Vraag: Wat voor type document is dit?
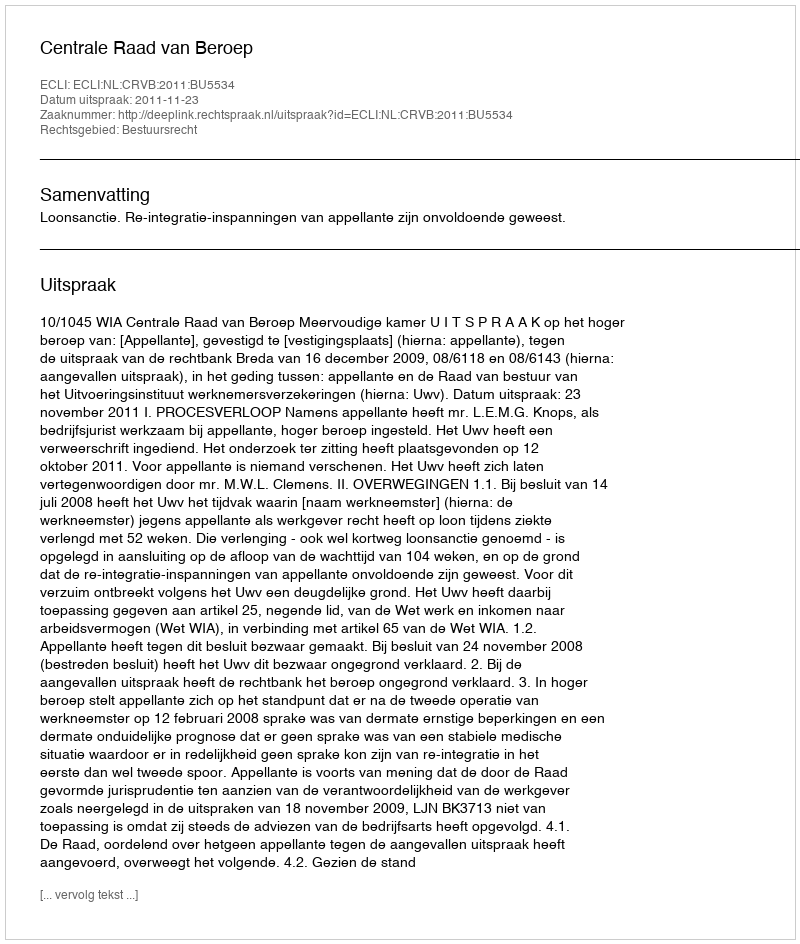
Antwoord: Uitspraak